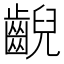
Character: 齯